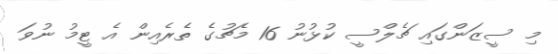
މި ސީޒަންގައި ޗެލްސީ ކުޅުނު 16 މެޗުގެ ތެރެއިން އެ ޓީމު ނުވަ